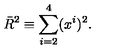
\bar { R } ^ { 2 } \equiv \sum _ { i = 2 } ^ { 4 } ( x ^ { i } ) ^ { 2 } .